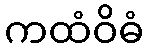
ကထံဝိဓံ